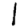
Digit: 1